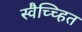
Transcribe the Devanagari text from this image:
स्वैच्च्हित